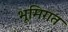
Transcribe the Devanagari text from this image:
भूमिगत